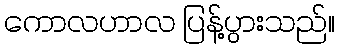
ကောလဟာလ ပြန့်ပွားသည်။